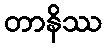
တာနိဿ